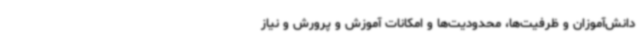
دانش‌آموزان و ظرفیت‌ها، محدودیت‌ها و امکانات آموزش و پرورش و نیاز